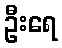
ဦးရေ